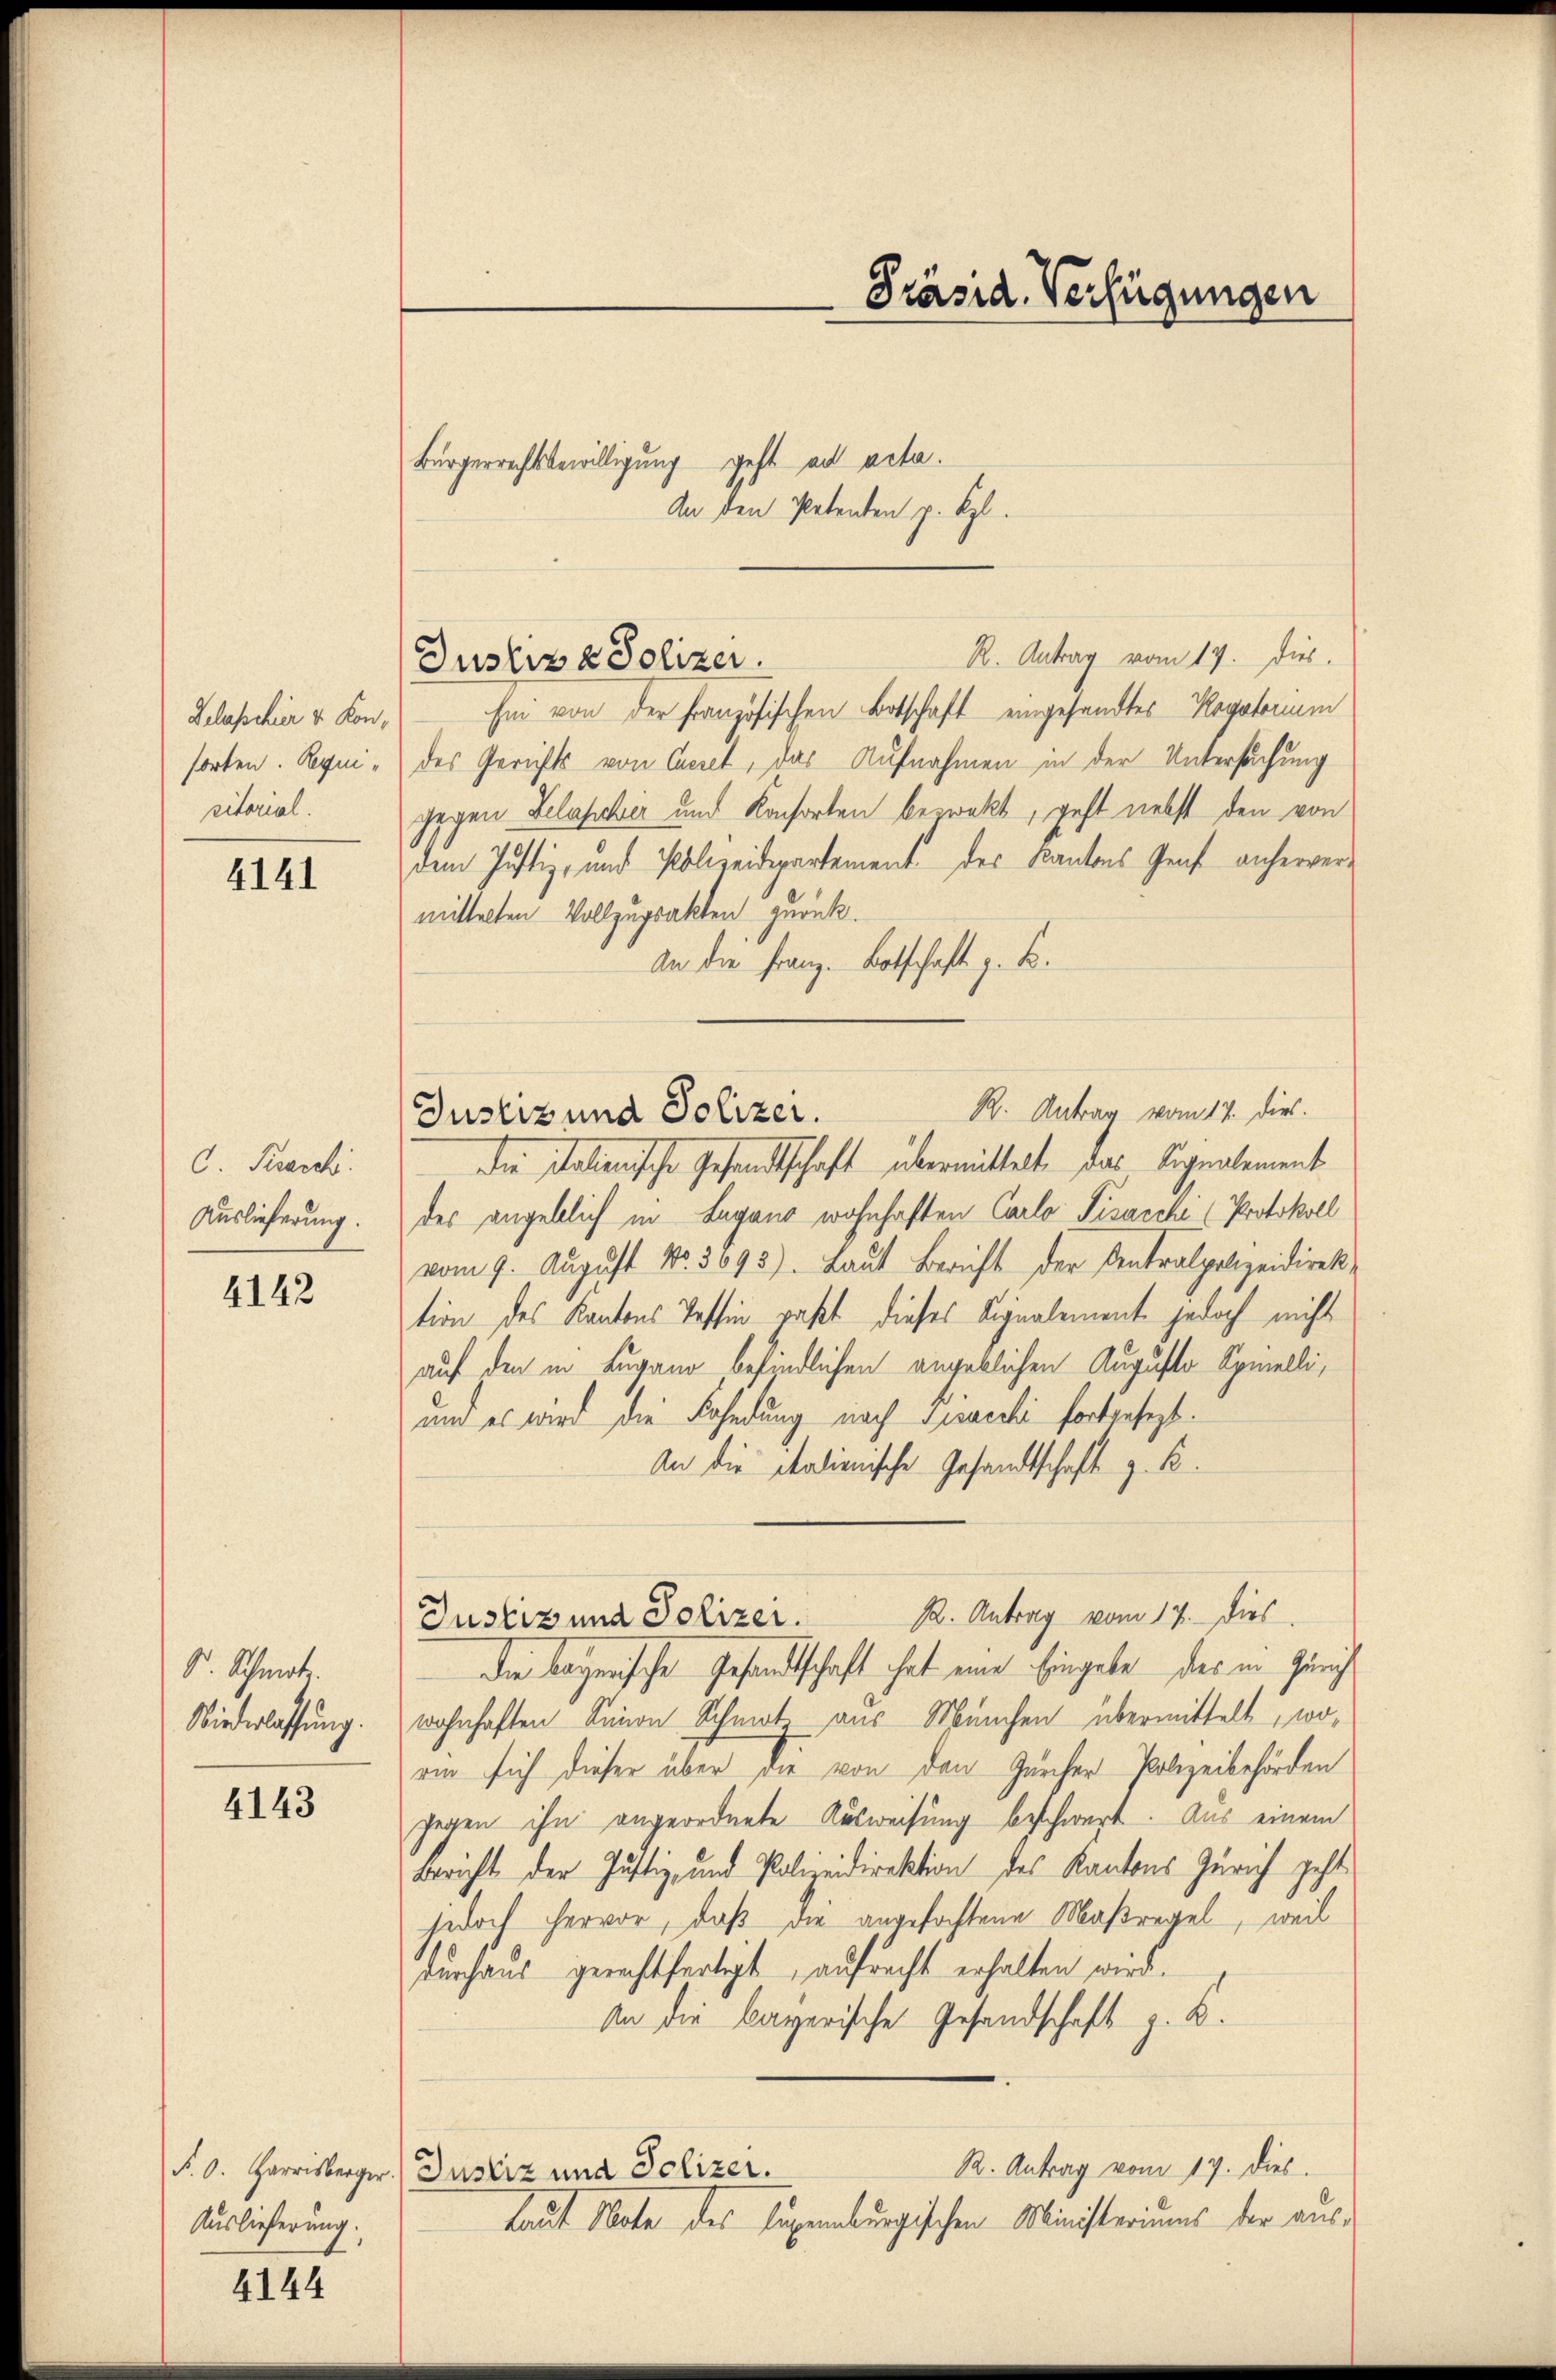
Gelasschier v. Konsorten. Requiritorial.

4141

C. Krasch.
Auslieferung.

4142

S. Schmitt
Niederlassung.

4143

Auslieferung.

4144

Bürgerrechtsbewilligung geht ad acta.
An den Petenten p. Kgl.
R. Antrag vom 17. Dies
Ein von der Französischen Botschaft eingesandtes Rogatorium
„des Gerichts von Ceret, das Aufnahmen in der Untersuchung
gegen Lelaphir und Konsorten bezwekt, geht nebst den von
dem Justiz- und Polizeidepartement des Kantons Genf anhervermittelten Vollzugsakten zurück.
An die Franz. Botschaft z. B.
die Italienische Gesandtschaft übermittelt, das Signalement
des angeblich in Lugano wohnhaften Carlo Pisarche (Protokoll
vom 9. August No. 3093). Laut Bericht der Centralpolizeidirektion des Kantons Tessin paßt dieses Signalement jedoch nicht
auf den in Lugano befindlichen angeblichen Auguste Spielli,
und es wird die Fahndung nach Gisacchi fortgesezt.
An die italienische Gesandtschaft z. B.
Justiz und Polizer. 12. Antrag vom 17. dies
die bayerische Gesandtschaft hat eine Eingabe des in Zürich
wohnhaften Simon Schmut aus München übermittelt, woein sich dieser über die von den Zürcher Polizeibehörden
gegen ihn angeordnete Ausweisung beschwert. Aus einem
Bericht der Justiz- und Polizeidirektion des Kantons Zürich geht
jedoch hervor, daß die angefochtene Maßregel, weil
durchaus gerechtfertigt, aufrecht erhalten wird.
An die bayerische Gesandschaft z. B.
R. Antrag vom 17. dies
§. 6. Harrisberger Justiz und Polizer.
Laut Mate des legenburgischen Ministeriums der aus¬

Justiz & Polizei.

R. Antrag vom 17. dies
Justiz und Polizer.

Präsid. Verfügungen